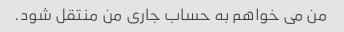
من می خواهم به حساب جاری من منتقل شود.